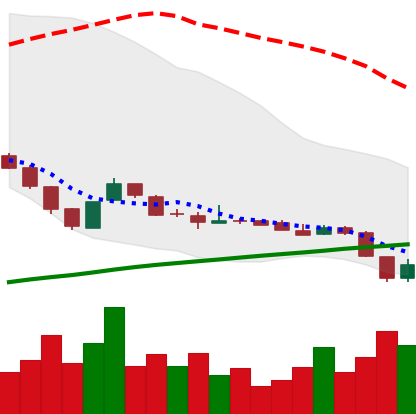
Ticker: DOGE-USD
Chart end date: 2018-11-10
Forward return: -14.764%
Label: down_7plus